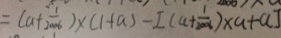
= ( a + \frac { 1 } { 2 0 0 6 } \times ( 1 + a ) - [ ( a + \frac { 1 } { 2 0 0 6 } ) \times a + a ]